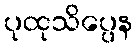
ပုထုသိပ္ပေန